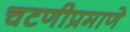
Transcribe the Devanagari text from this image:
चटणीप्रमाणे